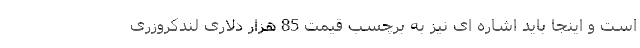
است و اینجا باید اشاره ای نیز به برچسب قیمت 85 هزار دلاری لندکروزری